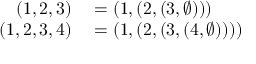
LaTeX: \begin{array} { r l } { ( 1 , 2 , 3 ) } & { { } = ( 1 , ( 2 , ( 3 , \emptyset ) ) ) } \\ { ( 1 , 2 , 3 , 4 ) } & { { } = ( 1 , ( 2 , ( 3 , ( 4 , \emptyset ) ) ) ) } \end{array}